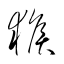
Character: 猴